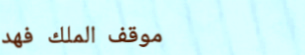
موقف الملك فهد